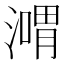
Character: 𣽴